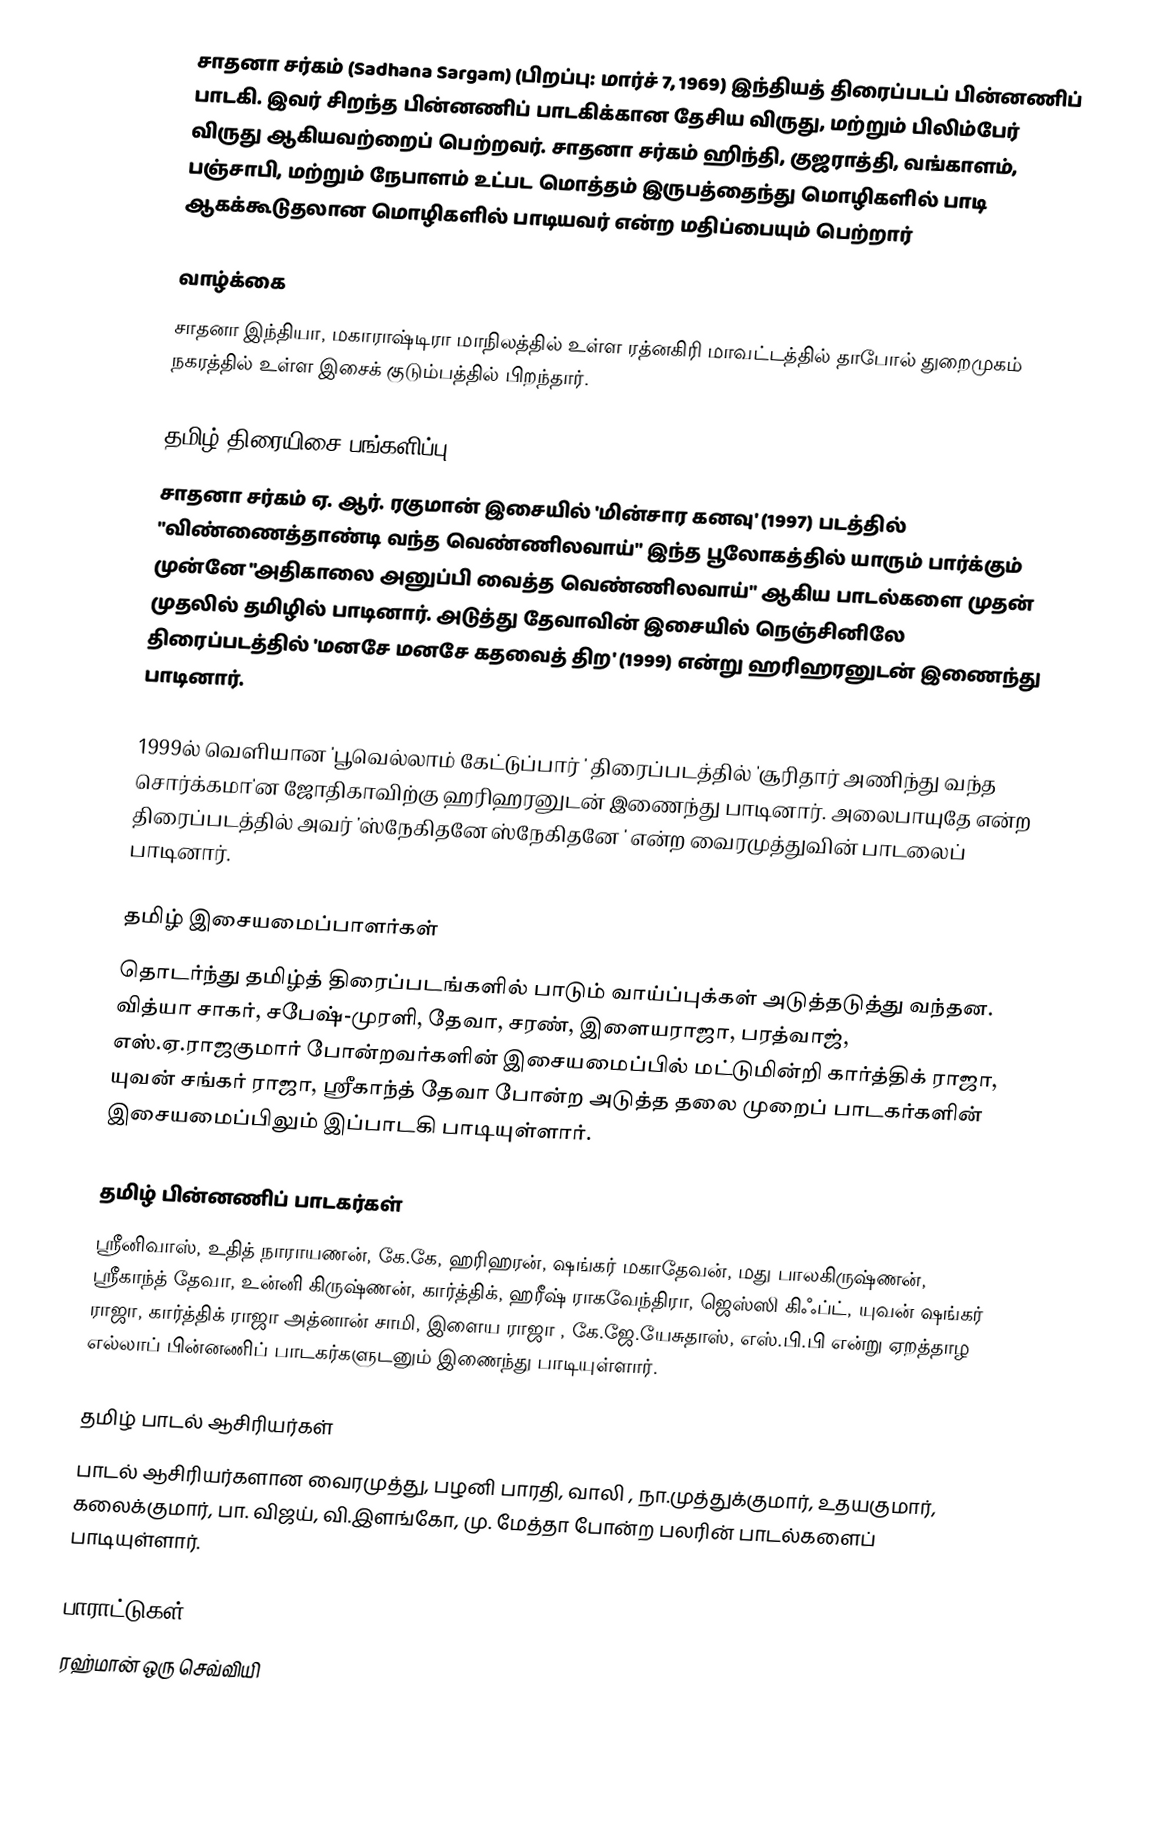
சாதனா சர்கம் (Sadhana Sargam) (பிறப்பு: மார்ச் 7, 1969) இந்தியத் திரைப்படப் பின்னணிப் பாடகி. இவர் சிறந்த பின்னணிப் பாடகிக்கான தேசிய விருது, மற்றும் பிலிம்பேர் விருது ஆகியவற்றைப் பெற்றவர். சாதனா சர்கம் ஹிந்தி, குஜராத்தி, வங்காளம், பஞ்சாபி, மற்றும் நேபாளம்  உட்பட மொத்தம் இருபத்தைந்து மொழிகளில் பாடி ஆகக்கூடுதலான மொழிகளில் பாடியவர் என்ற மதிப்பையும் பெற்றார்

வாழ்க்கை
சாதனா இந்தியா, மகாராஷ்டிரா மாநிலத்தில் உள்ள ரத்னகிரி மாவட்டத்தில்  தாபோல் துறைமுகம் நகரத்தில் உள்ள இசைக் குடும்பத்தில் பிறந்தார்.

தமிழ் திரையிசை பங்களிப்பு
சாதனா சர்கம் ஏ. ஆர். ரகுமான் இசையில் 'மின்சார கனவு' (1997) படத்தில் "விண்ணைத்தாண்டி வந்த வெண்ணிலவாய்" இந்த பூலோகத்தில் யாரும் பார்க்கும் முன்னே ''அதிகாலை அனுப்பி வைத்த வெண்ணிலவாய்" ஆகிய பாடல்களை முதன் முதலில் தமிழில் பாடினார். அடுத்து தேவாவின் இசையில் நெஞ்சினிலே திரைப்படத்தில் 'மனசே மனசே கதவைத் திற' (1999) என்று ஹரிஹரனுடன் இணைந்து பாடினார்.

1999ல் வெளியான 'பூவெல்லாம் கேட்டுப்பார் ' திரைப்படத்தில் 'சூரிதார் அணிந்து வந்த சொர்க்கமா'ன ஜோதிகாவிற்கு ஹரிஹரனுடன் இணைந்து பாடினார். அலைபாயுதே என்ற திரைப்படத்தில் அவர் 'ஸ்நேகிதனே ஸ்நேகிதனே ' என்ற வைரமுத்துவின் பாடலைப் பாடினார்.

தமிழ் இசையமைப்பாளர்கள்
தொடர்ந்து தமிழ்த் திரைப்படங்களில் பாடும் வாய்ப்புக்கள் அடுத்தடுத்து வந்தன. வித்யா சாகர், சபேஷ்-முரளி, தேவா, சரண், இளையராஜா, பரத்வாஜ், எஸ்.ஏ.ராஜகுமார் போன்றவர்களின் இசையமைப்பில் மட்டுமின்றி கார்த்திக் ராஜா, யுவன் சங்கர் ராஜா, ஸ்ரீகாந்த் தேவா போன்ற அடுத்த தலை முறைப் பாடகர்களின் இசையமைப்பிலும் இப்பாடகி பாடியுள்ளார்.

தமிழ் பின்னணிப் பாடகர்கள்
ஸ்ரீனிவாஸ், உதித் நாராயணன், கே.கே, ஹரிஹரன், ஷங்கர் மகாதேவன், மது பாலகிருஷ்ணன், ஸ்ரீகாந்த் தேவா, உன்னி கிருஷ்ணன், கார்த்திக், ஹரீஷ் ராகவேந்திரா, ஜெஸ்ஸி கிஃப்ட், யுவன் ஷங்கர் ராஜா, கார்த்திக் ராஜா அத்னான் சாமி, இளைய ராஜா , கே.ஜே.யேசுதாஸ், எஸ்.பி.பி என்று ஏறத்தாழ எல்லாப் பின்னணிப் பாடகர்களுடனும் இணைந்து பாடியுள்ளார்.

தமிழ் பாடல் ஆசிரியர்கள்
பாடல் ஆசிரியர்களான வைரமுத்து, பழனி பாரதி, வாலி , நா.முத்துக்குமார், உதயகுமார், கலைக்குமார், பா. விஜய், வி.இளங்கோ, மு. மேத்தா  போன்ற பலரின் பாடல்களைப் பாடியுள்ளார்.

பாராட்டுகள்
ரஹ்மான் ஒரு செவ்வியி